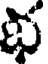
భ